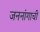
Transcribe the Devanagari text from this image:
जननांगाची